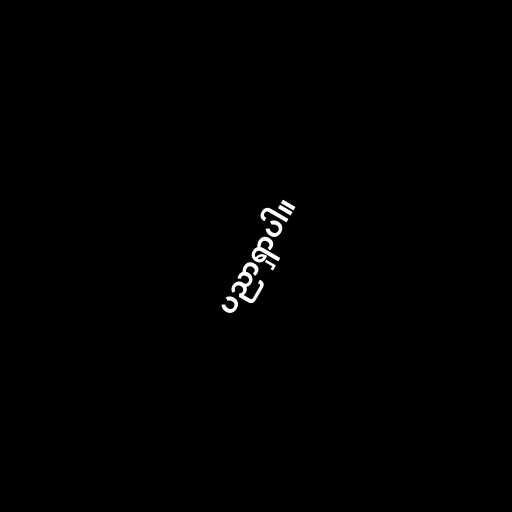
ပညာရှာပါ။